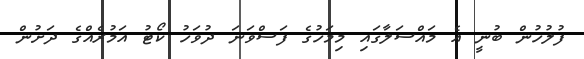
ފުލުހުން ބުނީ އެ މައްސަލާގައި މިމަހުގެ ފަސްވަނަ ދުވަހު ކޯޓު އަމުރެއްގެ ދަށުން